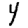
Digit: 4